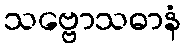
သဗ္ဗောသဓာနံ